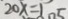
2 0 x = 1 0 5